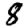
Digit: 8